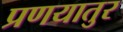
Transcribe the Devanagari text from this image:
प्रणयातुर